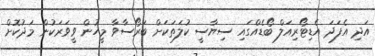
އަދި އެފަދަ އެޑިޓޯރިއަލް ބޯޑެއްގައި ސިޔާސީ ކުލަތަކަށް ބަރޯސާވާ މީހުން ވީވަރަކުން މަދުކޮށް